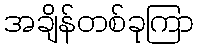
အချိန်တစ်ခုကြာ